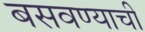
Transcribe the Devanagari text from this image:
बसवण्याची